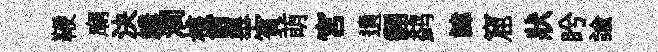
鞭廟決鱗澗核剪舉賓萌宫遺翻鹢諱窟狀盻諭